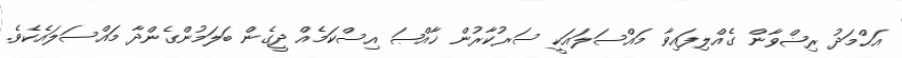
އަޙްމަދު ރިޟްވާން ގެއްލިފައިވާ މައްސަލައަކީ ސަރުކާރުން ޚާއްޞަ އިސްކަމެއް ދީގެން ބަލަމުންގެންދާ މައްސަލައެކެވެ.